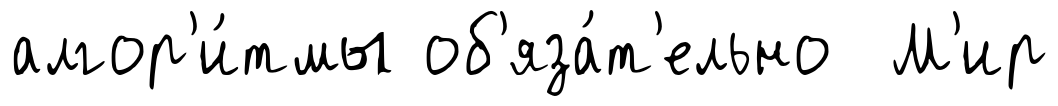
алгор'и́тмы об'яза́т'ельно М'ир